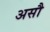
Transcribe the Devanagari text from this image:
असौ